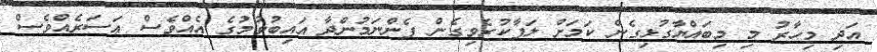
އަދި މިހާރު މި މިބައްޔާގުޅިގެން ކަމަށް ލަފާކުރެވިގެން ފެންނަމުންދާ އައިބުވުމުގެ އެއްވެސް އަސަރެއްވެސް